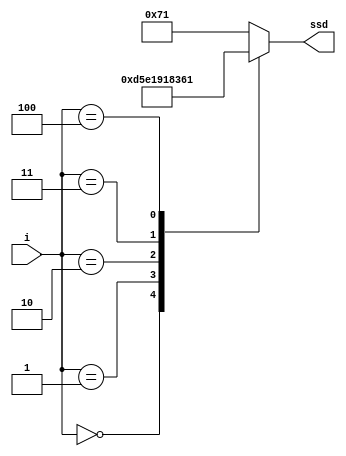
`timescale 1ns / 1ps
//////////////////////////////////////////////////////////////////////////////////
// Company: 
// Engineer: 
// 
// Design Name: 
// Module Name: D_ssd_NTHUEE
// Project Name: 
// Target Devices: 
// Tool Versions: 
// Description: 
// 
// Dependencies: 
// 
// Revision:
// Revision 0.01 - File Created
// Additional Comments:
// 
//////////////////////////////////////////////////////////////////////////////////

`define SS_N 8'b11010101
`define SS_T 8'b11100001
`define SS_H 8'b10010001
`define SS_U 8'b10000011
`define SS_E 8'b01100001
`define SS_F 8'b01110001

module D_ssd_NTHUEE(
    output reg [7:0] ssd,
    input [3:0] i
    );
    
    always @*
    begin
        case(i)
            4'd0 : ssd = `SS_N;
            4'd1 : ssd = `SS_T;
            4'd2 : ssd = `SS_H;
            4'd3 : ssd = `SS_U;
            4'd4 : ssd = `SS_E;
            default: ssd = `SS_F;
        endcase
    end
    
endmodule